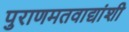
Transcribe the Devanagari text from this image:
पुराणमतवाद्यांशी